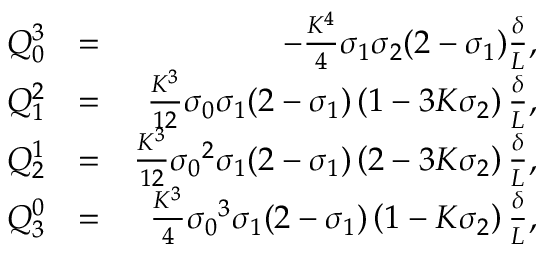
\begin{array} { r l r } { Q _ { 0 } ^ { 3 } } & { = } & { - \frac { K ^ { 4 } } { 4 } \sigma _ { 1 } \sigma _ { 2 } ( 2 - \sigma _ { 1 } ) \frac { \delta } { L } , } \\ { Q _ { 1 } ^ { 2 } } & { = } & { \frac { K ^ { 3 } } { 1 2 } \sigma _ { 0 } \sigma _ { 1 } ( 2 - \sigma _ { 1 } ) \left( 1 - 3 K \sigma _ { 2 } \right) \frac { \delta } { L } , } \\ { Q _ { 2 } ^ { 1 } } & { = } & { \frac { K ^ { 3 } } { 1 2 } { \sigma _ { 0 } } ^ { 2 } \sigma _ { 1 } ( 2 - \sigma _ { 1 } ) \left( 2 - 3 K \sigma _ { 2 } \right) \frac { \delta } { L } , } \\ { Q _ { 3 } ^ { 0 } } & { = } & { \frac { K ^ { 3 } } { 4 } { \sigma _ { 0 } } ^ { 3 } \sigma _ { 1 } ( 2 - \sigma _ { 1 } ) \left( 1 - K \sigma _ { 2 } \right) \frac { \delta } { L } , } \end{array}